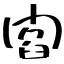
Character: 閻